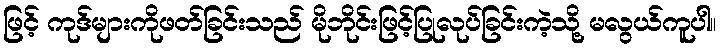
ဖြင့် ကုဒ်များကိုဖတ်ခြင်းသည် မိုဘိုင်းဖြင့်ပြုလုပ်ခြင်းကဲ့သို့ မလွယ်ကူပါ။